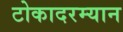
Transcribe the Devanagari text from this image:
टोकादरम्यान